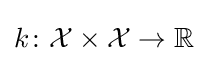
k\colon {\mathcal {X}}\times {\mathcal {X}}\to \mathbb {R}